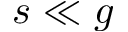
s \ll g